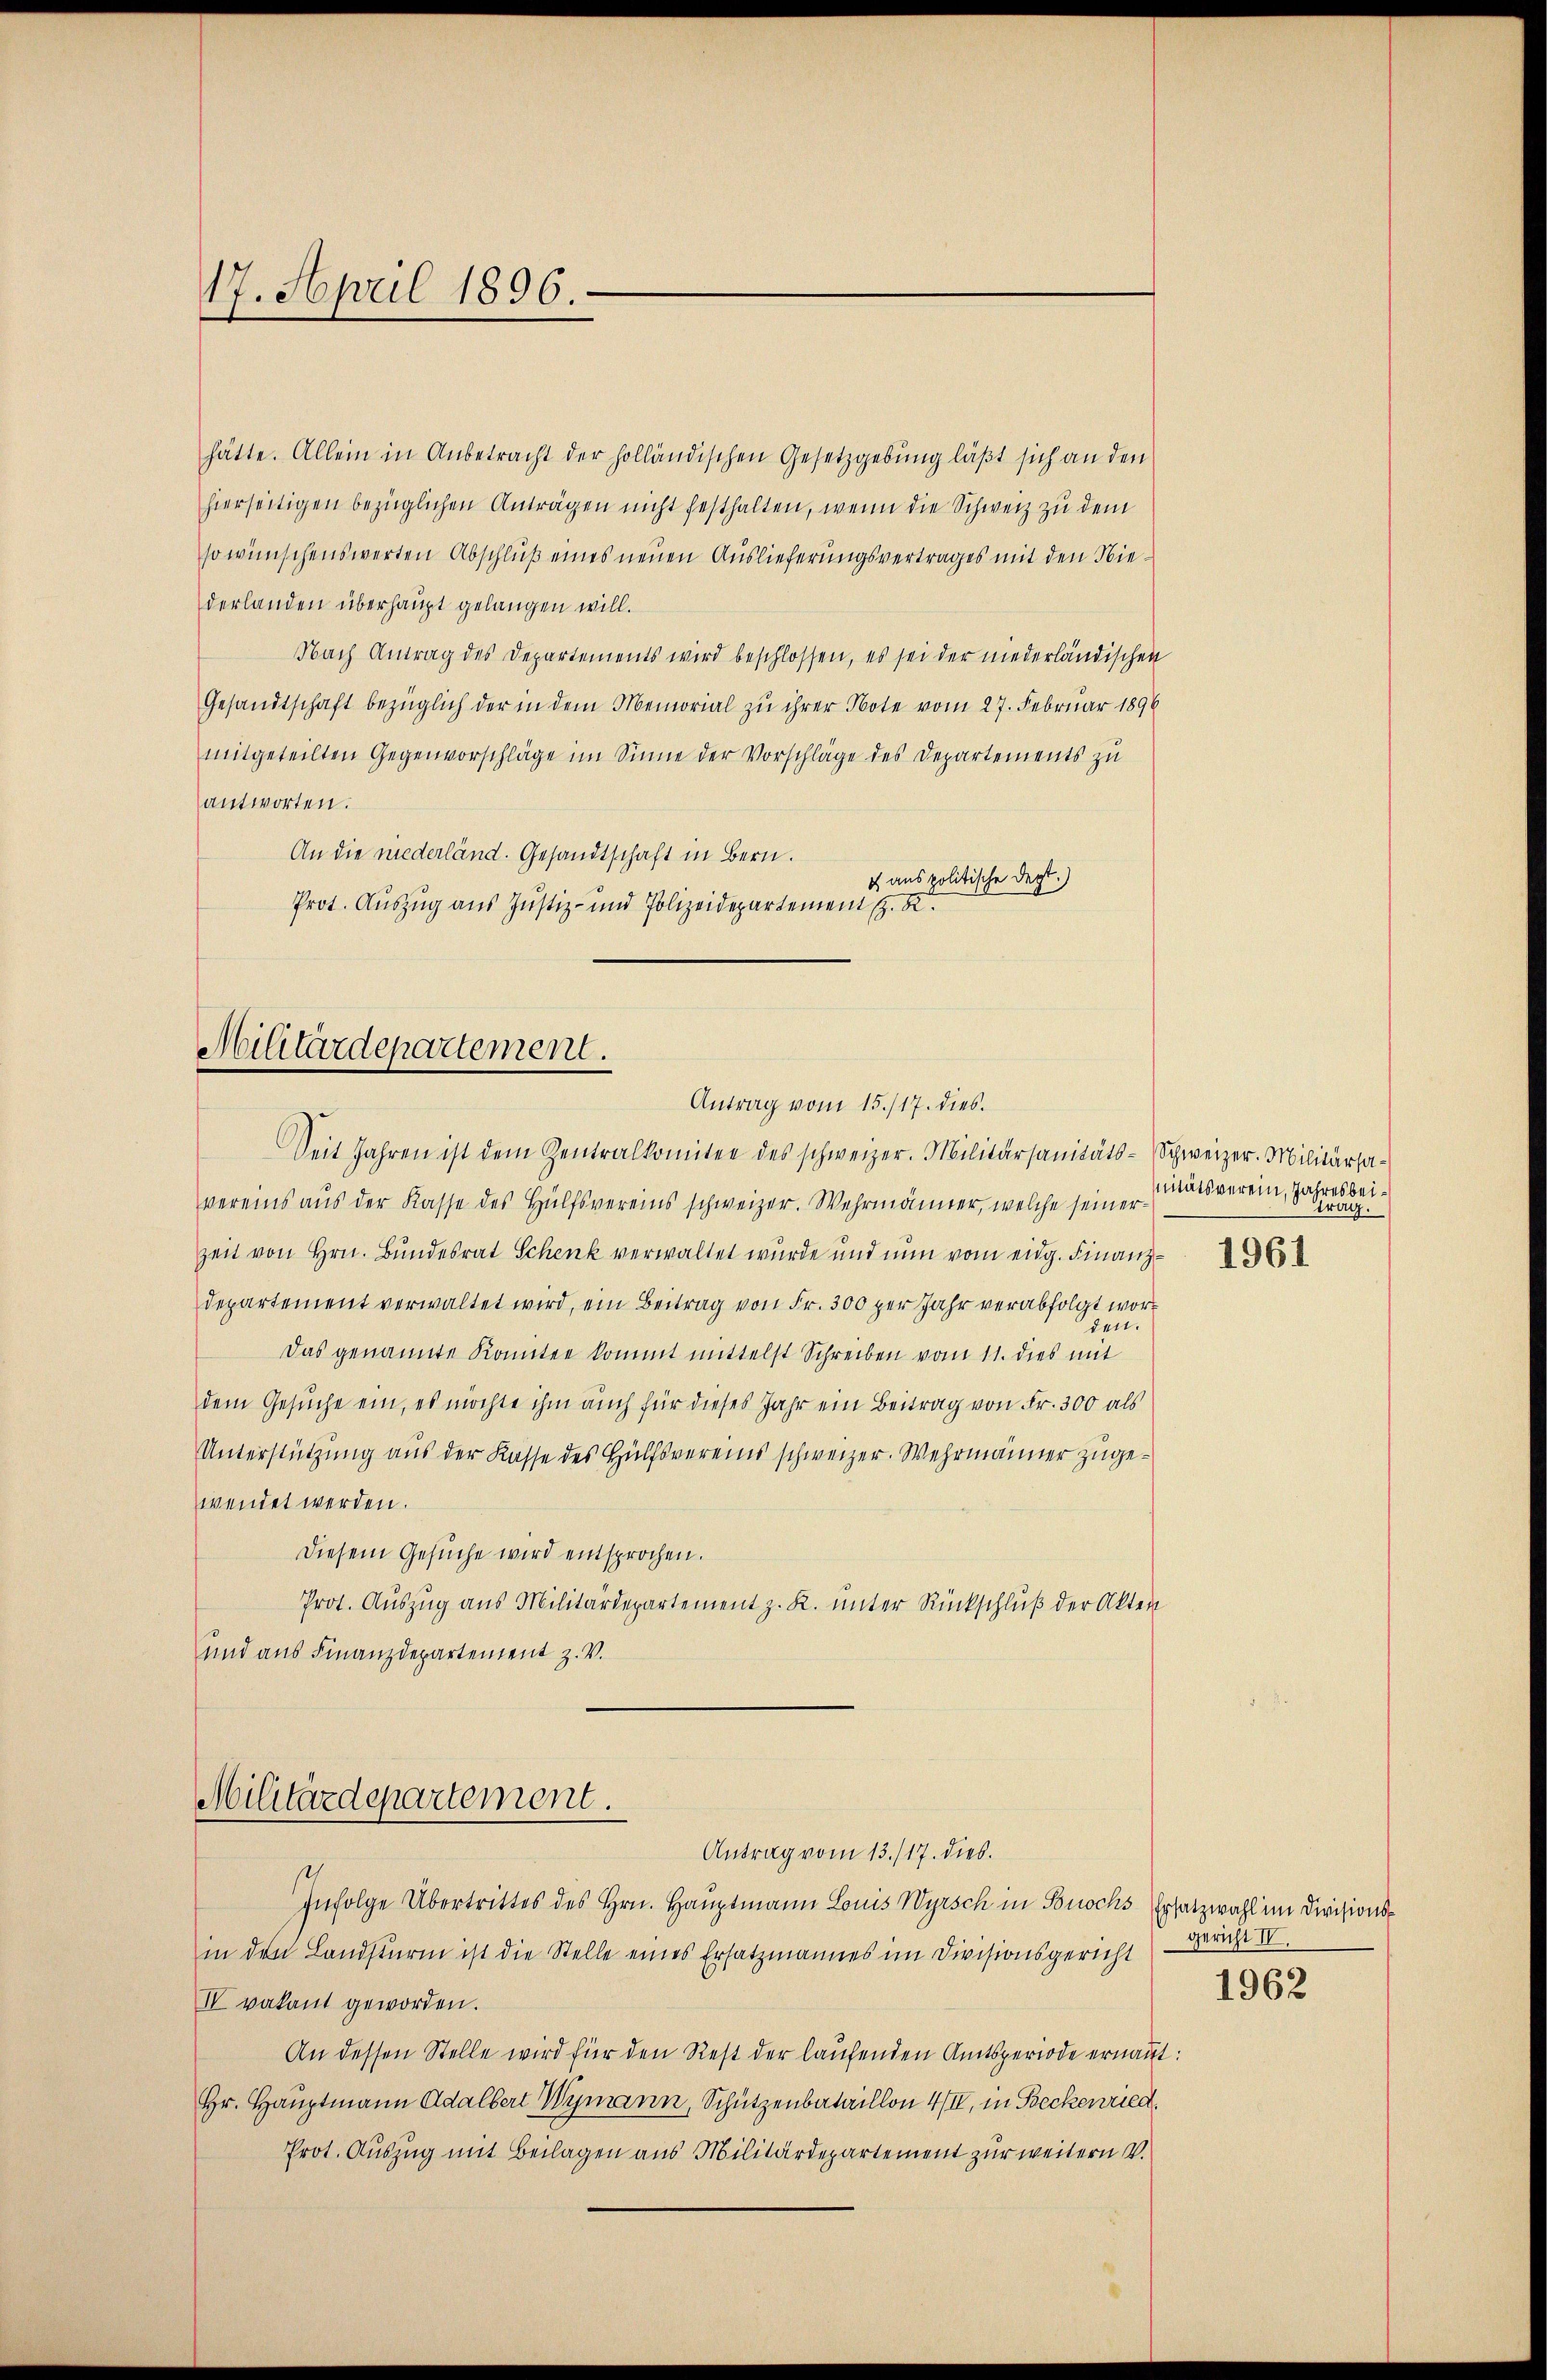
17. April 1896.

hätte. Allein in Anbetracht der holländischen Gesetzgebung läßt sich an den
hierseitigen bezüglichen Anträgen nicht festhalten, wenn die Schweiz zu dem
so wünschenswerten Abschluß eines neuen Auslieferungsvertrages mit den Niederlanden überhaupt gelangen will.
Nach Antrag des Departements wird beschlossen, es sei der niederländischen
Gesandtschaft bezüglich der in dem Memorial zu ihrer Note vom 27. Februar 1896
mitgeteilten Gegenvorschläge im Sinne der Vorschläge des Departements zu
antworten.
An die niederländ. Gesandtschaft in Bern.
c aus politische Dept.)
Prot. Auszug aus Justiz- und Polizeidepartement (z. B.

Militärdepartement.
Antrag vom 15./17. dies

Militärdepartement.
Antrag vom 13./17. dies.

Seit Jahren ist dem Zentralkomitee des schweizer. Militärsanitäts-Schweizer. Militärsavereins aus der Kasse des Hülfsvereins schweizer. Wehrmänner, welche seiner
zeit von Hrn. Bundesrat Schenk verwaltet wurde und nun vom eidg. Finanz¬
Departement verwaltet wird, ein Beitrag von Fr. 300 per Jahr verabfolgt worden.
Das genannte Konnten kommt mittelst Schreiben vom 11. dies mit
dem Gesuche ein, es möchte ihm auch für dieses Jahr ein Beitrag von Fr. 300 als
Unterstützung aus der Kasse des Hülfsvereins schweizer. Wehrmänner zugewendet werden.
Diesem Gesŭche wird entsprochen.
Prot. Auszug aus Militärdepartement z. R. unter Rückschluß der Akten
und aus Finanzdepartement z. V.

nitätsverein, Jahresbeitrag.

Infolge Übertrittes des Hrn. Hauptmann Louis Wyrsch in Buochs Ersatzwahl im Divisionsin den Landsturm ist die Stelle eines Ersatzmannes im Divisionsgericht
IV vakant geworden.
An dessen Stelle wird für den Rest der laufenden Amtsperiode ernannt:
Hr. Hauptmann Adalbert Wymann, Schützenbataillon 4 II, in Beckenried
Prot. Auszug mit Beilagen aus Militärdepartement zur weitern V.

1961

gericht IV.

1962